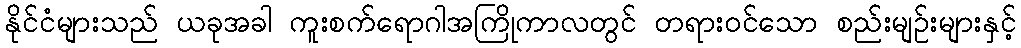
နိုင်ငံများသည် ယခုအခါ ကူးစက်ရောဂါအကြိုကာလတွင် တရားဝင်သော စည်းမျဉ်းများနှင့်